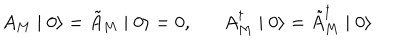
LaTeX: A _ { M } \mid 0 \rangle = \tilde { A } _ { M } \mid 0 \rangle = 0 , A _ { M } ^ { \dagger } \mid 0 \rangle = \tilde { A } _ { M } ^ { \dagger } \mid 0 \rangle